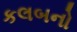
કલબનો